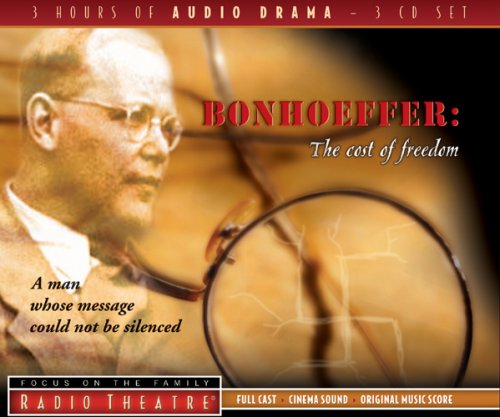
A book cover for Bonhoeffer: The Cost of Freedom (Radio Theatre); Biographies & Memoirs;